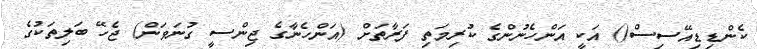
ކެންޑިޑިއޭސިސް() އަކީ އަންހެނުންގެ ކުރިމަތި ފަރާތަށް (އަންހެނާގެ ޖިންސީ ގުނަވަން) ޖެހޭ ބަލިތަކުގެ